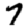
Digit: 7